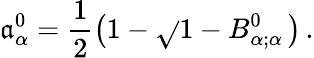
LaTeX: \mathfrak{a}_{\alpha}^{0}=\frac{{1}}{{2}}\left(1-\sqrt{}{{1-B_{\alpha;\alpha}^{0}}}\, \right)\, .